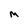
Character: M